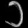
Digit: ၁